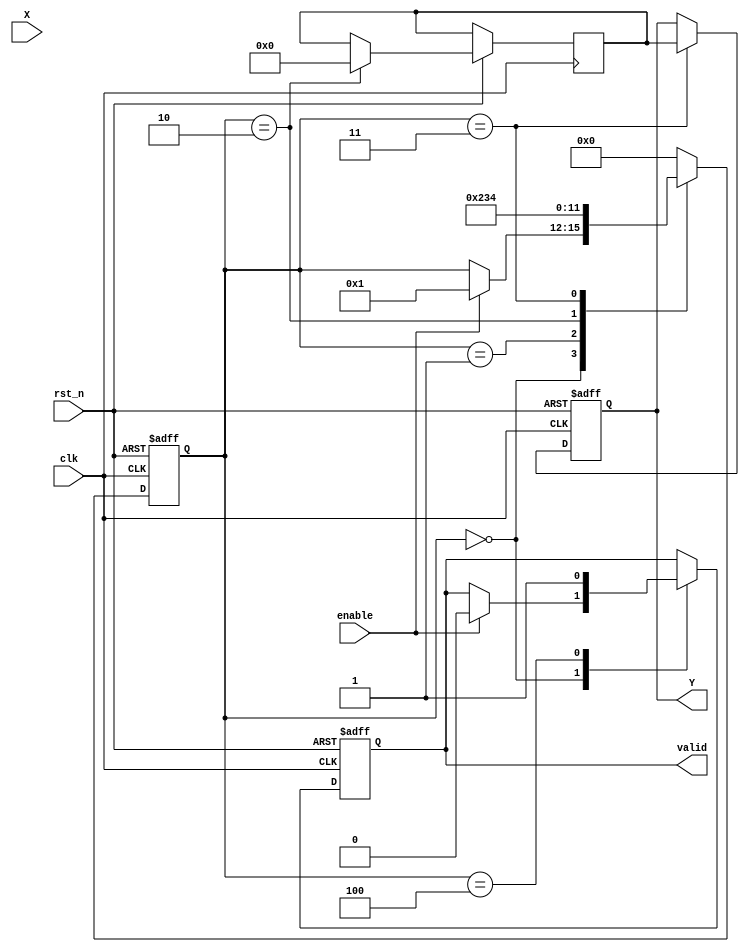
module approx_reciprocal (
    input wire clk,
    input wire rst_n,
    input wire enable,
    input wire [15:0] X, // 16-bit fixed-point input
    output reg [15:0] Y, // 16-bit fixed-point output for 1/X
    output reg valid // Valid signal for output
);

    // Internal signals
    reg [15:0] normalized_X;
    reg [15:0] approx_reciprocal;
    reg [3:0] state;

    // Constants for approximation (example coefficients for a simple polynomial)
    parameter COEF_1 = 16'h1FFF; // Example coefficient for x^0
    parameter COEF_2 = 16'hFFFF; // Example coefficient for x^1

    // State encoding
    localparam IDLE = 4'b0000;
    localparam NORMALIZE = 4'b0001;
    localparam APPROXIMATE = 4'b0010;
    localparam SCALE = 4'b0011;
    localparam OUTPUT = 4'b0100;

    // State machine for control logic
    always @(posedge clk or negedge rst_n) begin
        if (!rst_n) begin
            state <= IDLE;
            Y <= 16'b0;
            valid <= 1'b0;
        end else begin
            case (state)
                IDLE: begin
                    if (enable) begin
                        state <= NORMALIZE;
                        valid <= 1'b0;
                    end
                end

                NORMALIZE: begin
                    // Normalize input (assume X is already in valid range)
                    // For example, scale to a range suitable for the approximation
                    normalized_X <= X; // In a real design, you would normalize here
                    state <= APPROXIMATE;
                end

                APPROXIMATE: begin
                    // Approximate the reciprocal using a simple polynomial
                    // Y = COEF_1 + COEF_2 * normalized_X
                    approx_reciprocal <= (COEF_1 + (COEF_2 * normalized_X)) >> 16; // Example scaling
                    state <= SCALE;
                end

                SCALE: begin
                    // Scale the approximate reciprocal to fit output width
                    Y <= approx_reciprocal; // In a real design, apply necessary scaling
                    state <= OUTPUT;
                end

                OUTPUT: begin
                    valid <= 1'b1;
                    state <= IDLE; // Go back to idle after output
                end

                default: state <= IDLE;
            endcase
        end
    end

endmodule